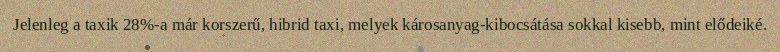
Jelenleg a taxik 28%-a már korszerű, hibrid taxi, melyek károsanyag-kibocsátása sokkal kisebb, mint elődeiké.